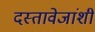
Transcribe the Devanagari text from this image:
दस्तावेजांशी